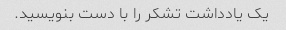
یک یادداشت تشکر را با دست بنویسید.